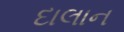
દાલાન